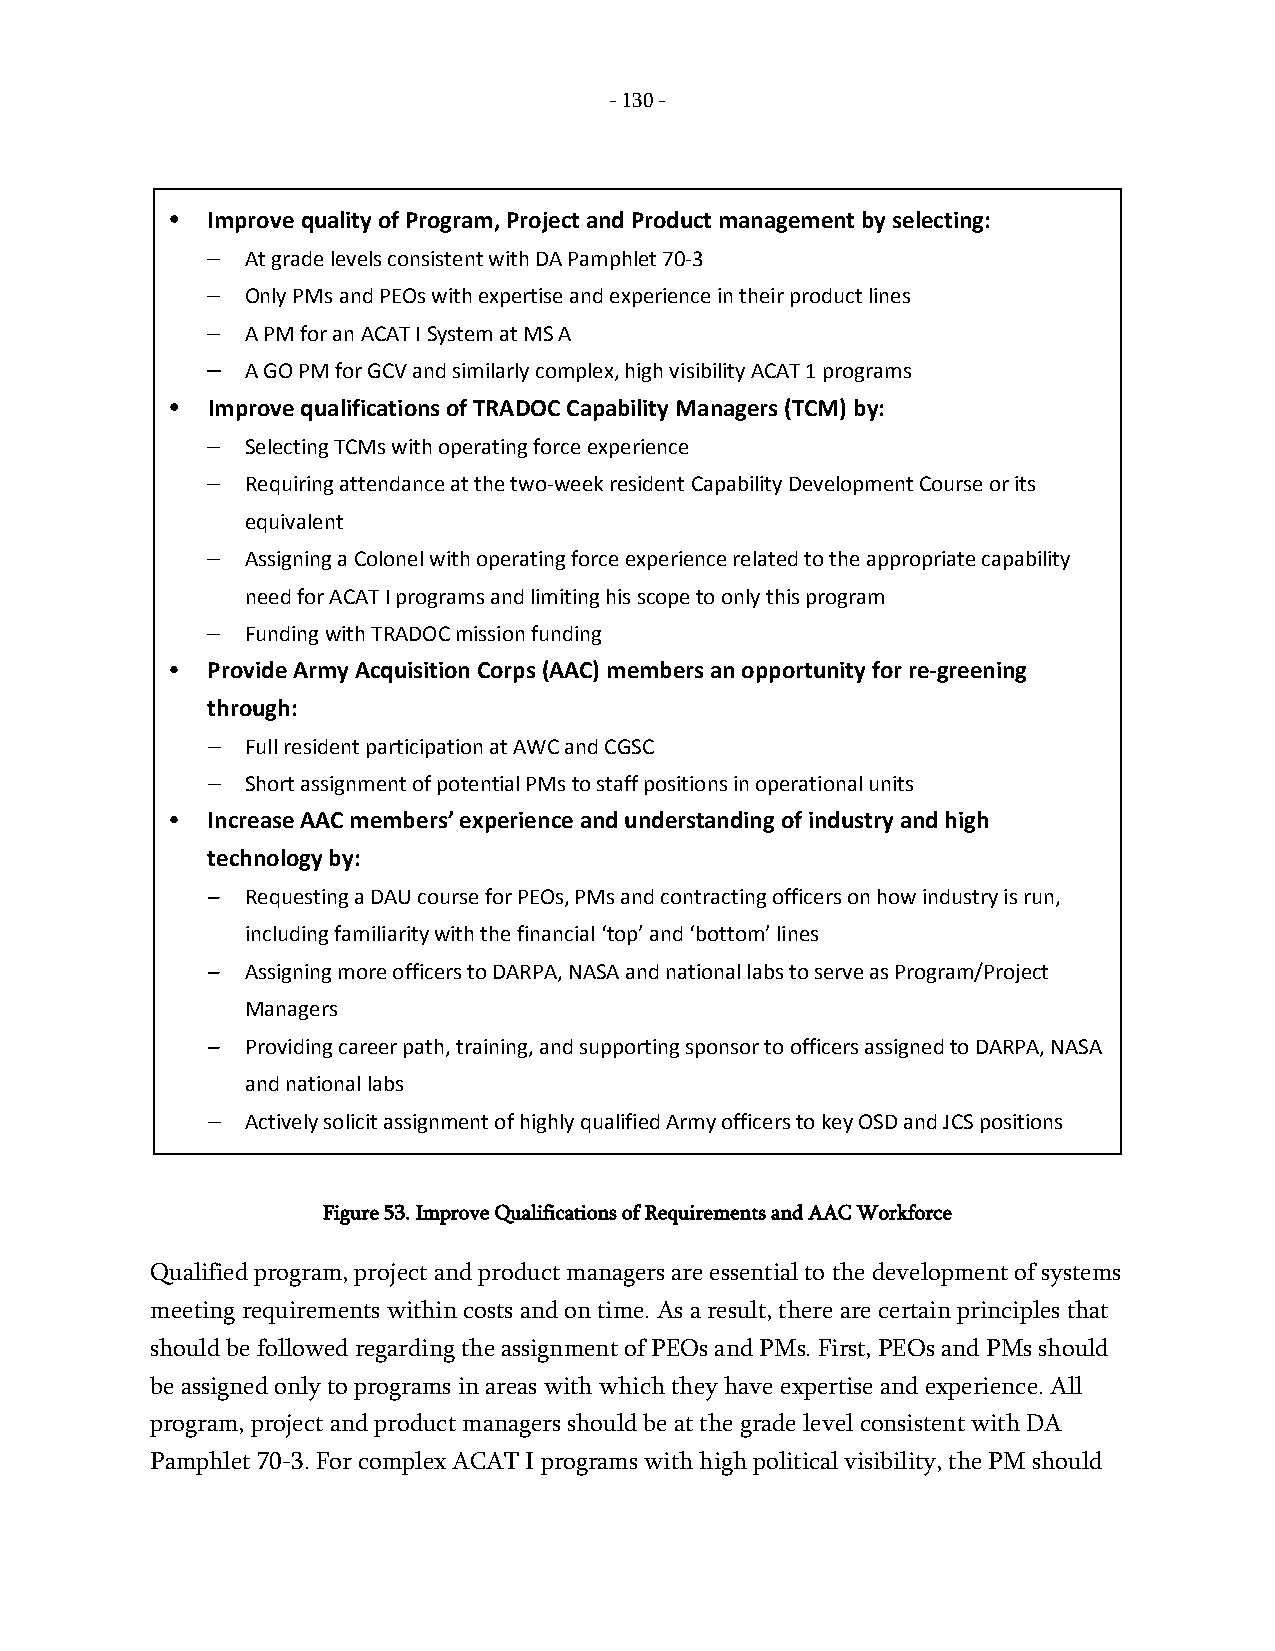
- 130 -
 •  Improve quality of Program, Project and Product management by selecting:
 – At grade levels consistent with DA Pamphlet 70-3
 – Only PMs and PEOs with expertise and experience in their product lines
 – A PM for an ACAT I System at MS A
 – A GO PM for GCV and similarly complex, high visibility ACAT 1 programs
 •  Improve qualifications of TRADOC Capability Managers (TCM) by:
 – Selecting TCMs with operating force experience
 – Requiring attendance at the two-week resident Capability Development Course or its
 equivalent
 – Assigning a Colonel with operating force experience related to the appropriate capability
 need for ACAT I programs and limiting his scope to only this program
 – Funding with TRADOC mission funding
 •  Provide Army Acquisition Corps (AAC) members an opportunity for re-greening
 through:
 – Full resident participation at AWC and CGSC
 – Short assignment of potential PMs to staff positions in operational units
 •  Increase AAC members’ experience and understanding of industry and high
 technology by:
 – Requesting a DAU course for PEOs, PMs and contracting officers on how industry is run,
 including familiarity with the financial ‘top’ and ‘bottom’ lines
 – Assigning more officers to DARPA, NASA and national labs to serve as Program/Project
 Managers
 – Providing career path, training, and supporting sponsor to officers assigned to DARPA, NASA
 and national labs
 – Actively solicit assignment of highly qualified Army officers to key OSD and JCS positions
 Figure 53. Improve Qualifications of Requirements and AAC Workforce
 Qualified program, project and product managers are essential to the development of systems
 meeting requirements within costs and on time. As a result, there are certain principles that
 should be followed regarding the assignment of PEOs and PMs. First, PEOs and PMs should
 be assigned only to programs in areas with which they have expertise and experience. All
 program, project and product managers should be at the grade level consistent with DA
 Pamphlet 70-3. For complex ACAT I programs with high political visibility, the PM should
 -
 130
 -